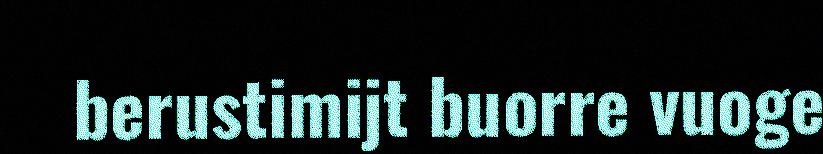
berustimijt buorre vuoge